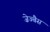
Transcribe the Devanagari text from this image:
ज़ेज्बैस